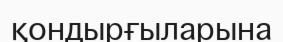
қондырғыларына